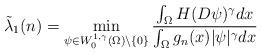
LaTeX: \begin{align*}\tilde\lambda_{1}(n) = \min_{\psi\in W_{0}^{1,\gamma}(\Omega)\setminus\{0\}} \dfrac{\int_{\Omega}H(D\psi)^{\gamma}dx}{\int_{\Omega} g_{n}(x) |\psi|^{\gamma}dx}\end{align*}